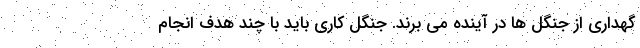
گهداری از جنگل ها در آینده می برند. جنگل کاری باید با چند هدف انجام